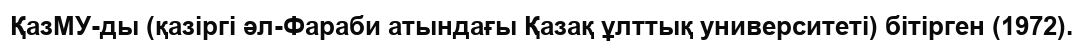
ҚазМУ-ды (қазіргі әл-Фараби атындағы Қазақ ұлттық университеті) бітірген (1972).